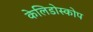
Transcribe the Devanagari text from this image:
केलिडोस्कोप